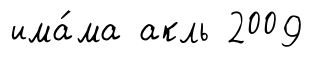
има́ма акль 2009